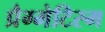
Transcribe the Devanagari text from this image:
प्रैग्मेटिस्म